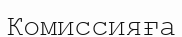
Комиссияға